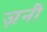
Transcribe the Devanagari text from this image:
ज़नी